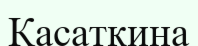
Касаткина